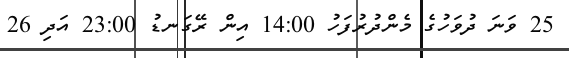
25 ވަނަ ދުވަހުގެ މެންދުރުފަހު 14:00 އިން ރޭގަނޑު 23:00 އަދި 26